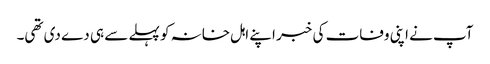
آپ نے اپنی وفات کی خبر اپنے اہل خانہ کو پہلے سے ہی دے دی تھی۔